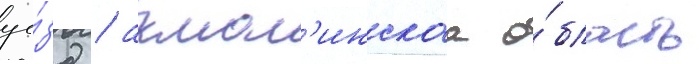
уе́зд / акмол'инскаа о́бласть